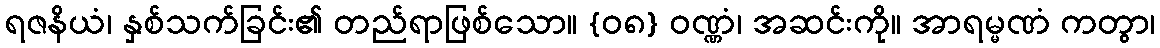
ရဇနိယံ၊ နှစ်သက်ခြင်း၏ တည်ရာဖြစ်သော။ {၀၈} ဝဏ္ဏံ၊ အဆင်းကို။ အာရမ္မဏံ ကတွာ၊